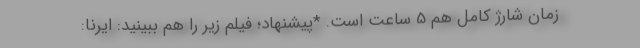
زمان شارژ کامل هم 5 ساعت است. *پیشنهاد؛ فیلم‌ زیر را هم ببینید: ایرنا: